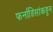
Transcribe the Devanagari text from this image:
फर्नांडिसांकडून